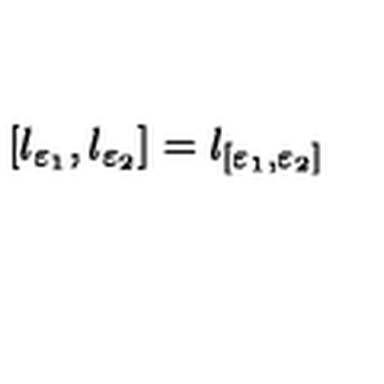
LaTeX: \left[ l _ { \varepsilon _ { 1 } } , l _ { \varepsilon _ { 2 } } \right] = l _ { [ \varepsilon _ { 1 } , \varepsilon _ { 2 } ] }